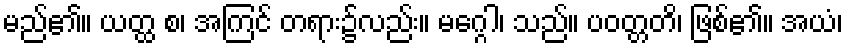
မည်၏။ ယတ္ထ စ၊ အကြင် တရား၌လည်း။ မဂ္ဂေါ၊ သည်။ ပဝတ္တတိ၊ ဖြစ်၏။ အယံ၊